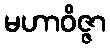
မဟာဝိဇ္ဇာ